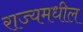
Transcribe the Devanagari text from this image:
राज्यमधील